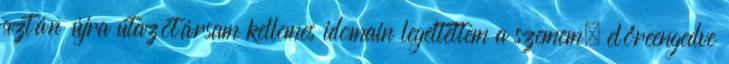
aztán újra utazótársam kellemes idomain legeltettem a szemem, előreengedve